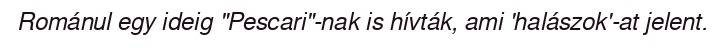
Románul egy ideig "Pescari"-nak is hívták, ami 'halászok'-at jelent.